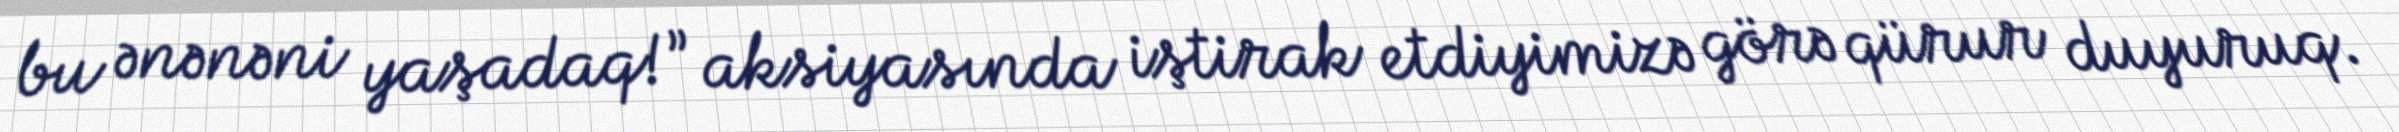
bu ənənəni yaşadaq!” aksiyasında iştirak etdiyimizə görə qürur duyuruq.